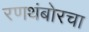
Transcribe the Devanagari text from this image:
रणथंबोरचा